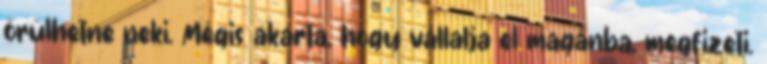
örülhetne neki. Mégis akarta, hogy vállalja el magánba, megfizeti.